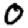
Digit: 0